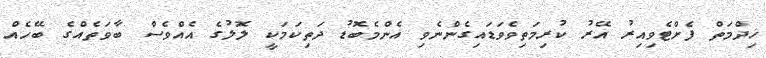
ޚިދްމަތް ފެށްޓެވިއިރު އޭރު ކުރިމަތިވެވަޑައިގެންނެވި އެންމެބޮޑު ދަތިކަމަކީ ލޮލުގެ އެއްވެސް ބާވަތެއްގެ ބޭހެއް